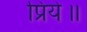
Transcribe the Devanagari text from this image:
प्रिये॥